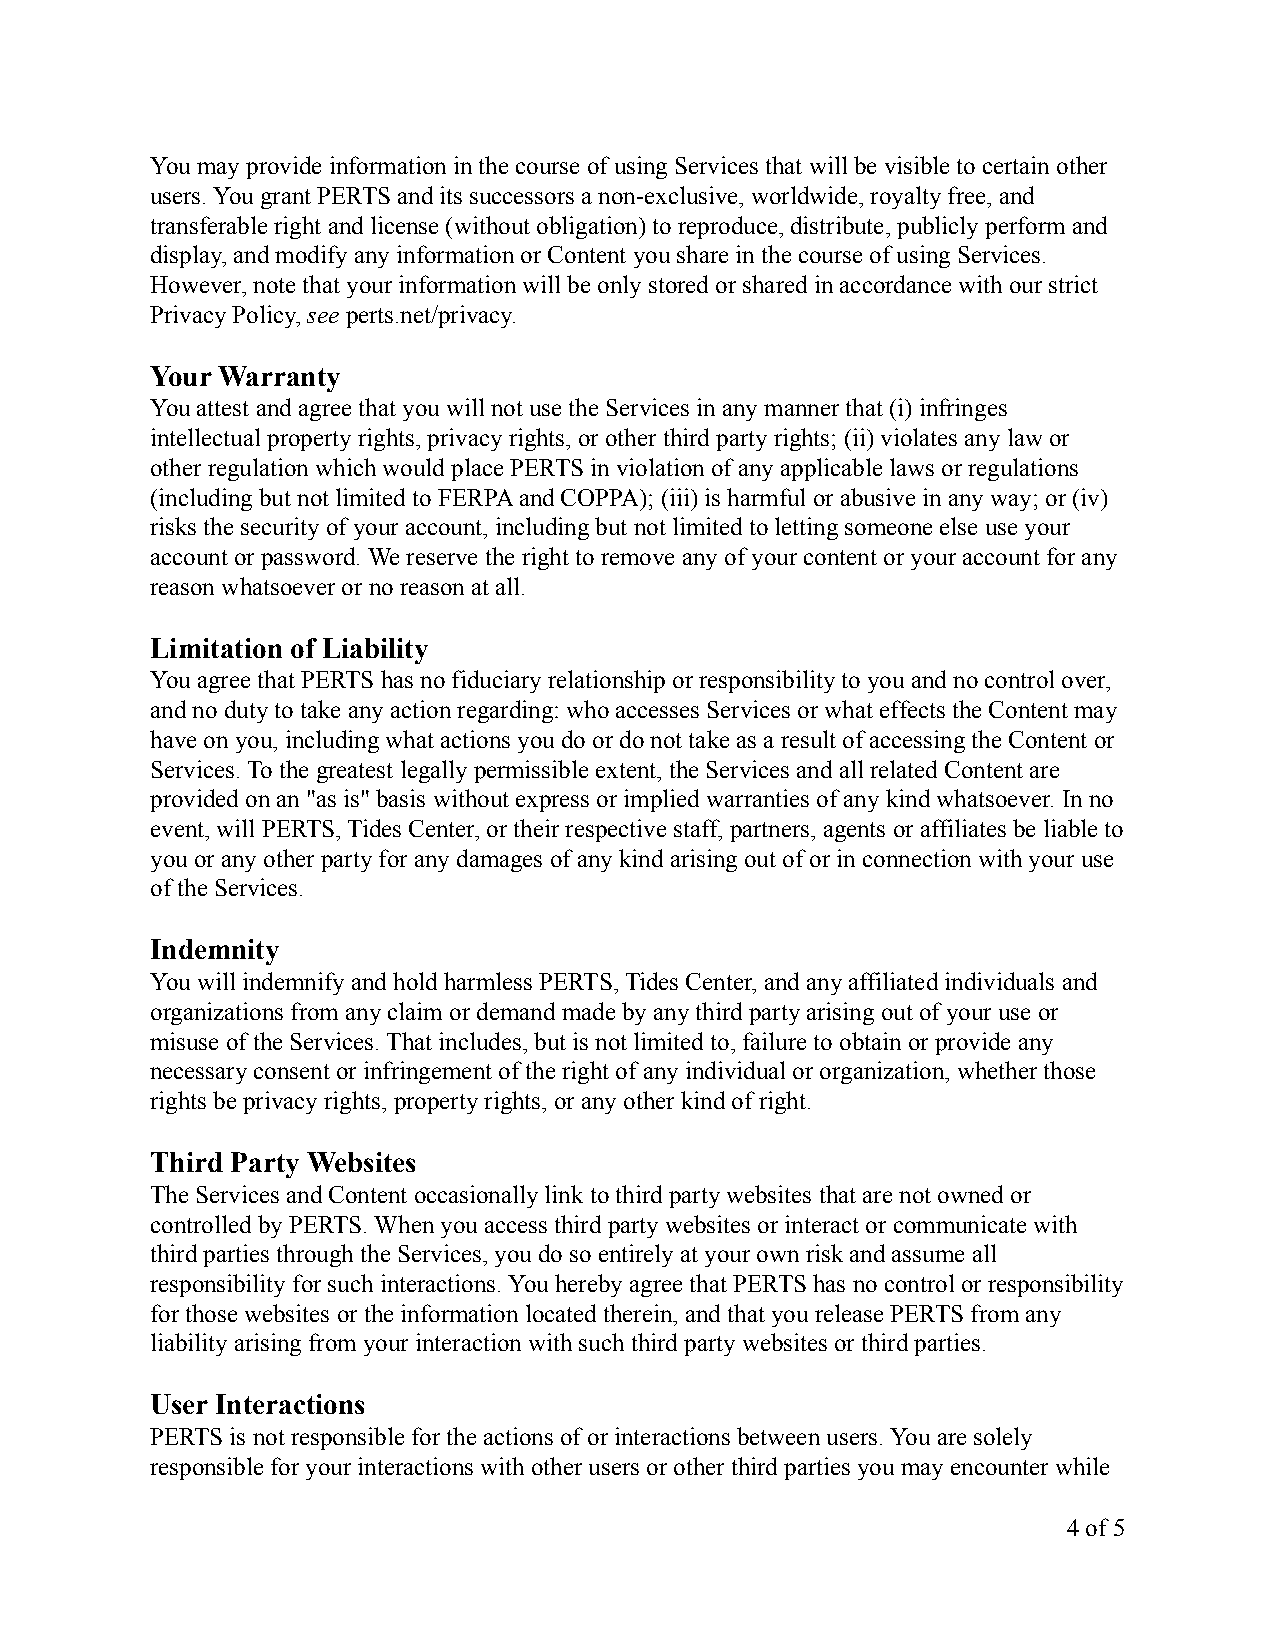
You may provide information in the course of using Services that will be visible to certain other
 users. You grant PERTS and its successors a non-exclusive, worldwide, royalty free, and
 transferable right and license (without obligation) to reproduce, distribute, publicly perform and
 display, and modify any information or Content you share in the course of using Services.
 However, note that your information will be only stored or shared in accordance with our strict
 Privacy Policy,seeperts.net/privacy.
 Your Warranty
 You attest and agree that you will not use the Services in any manner that (i) infringes
 intellectual property rights, privacy rights, or other third party rights; (ii) violates any law or
 other regulation which would place PERTS in violation of any applicable laws or regulations
 (including but not limited to FERPA and COPPA); (iii) is harmful or abusive in any way; or (iv)
 risks the security of your account, including but not limited to letting someone else use your
 account or password. We reserve the right to remove any of your content or your account for any
 reason whatsoever or no reason at all.
 Limitation of Liability
 You agree that PERTS has no fiduciary relationship or responsibility to you and no control over,
 and no duty to take any action regarding: who accesses Services or what effects the Content may
 have on you, including what actions you do or do not take as a result of accessing the Content or
 Services. To the greatest legally permissible extent, the Services and all related Content are
 provided on an "as is" basis without express or implied warranties of any kind whatsoever. In no
 event, will PERTS, Tides Center, or their respective staff, partners, agents or affiliates be liable to
 you or any other party for any damages of any kind arising out of or in connection with your use
 of the Services.
 Indemnity
 You will indemnify and hold harmless PERTS, Tides Center, and any affiliated individuals and
 organizations from any claim or demand made by any third party arising out of your use or
 misuse of the Services. That includes, but is not limited to, failure to obtain or provide any
 necessary consent or infringement of the right of any individual or organization, whether those
 rights be privacy rights, property rights, or any other kind of right.
 Third Party Websites
 The Services and Content occasionally link to third party websites that are not owned or
 controlled by PERTS. When you access third party websites or interact or communicate with
 third parties through the Services, you do so entirely at your own risk and assume all
 responsibility for such interactions. You hereby agree that PERTS has no control or responsibility
 for those websites or the information located therein, and that you release PERTS from any
 liability arising from your interaction with such third party websites or third parties.
 User Interactions
 PERTS is not responsible for the actions of or interactions between users. You are solely
 responsible for your interactions with other users or other third parties you may encounter while
 4of5